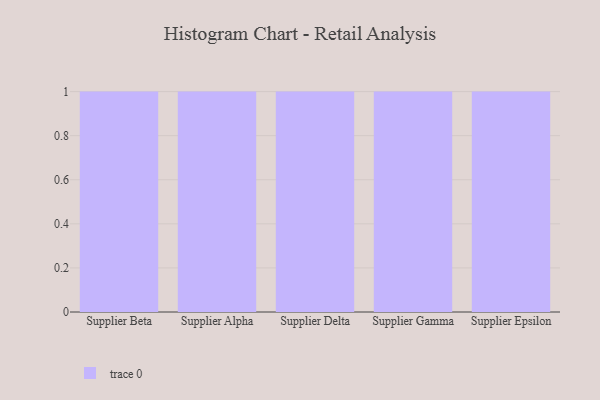
{"axis": {"x": "Supplier", "y": "Market Share (%)"}, "legend": [""], "data": [{"x": "Supplier Beta", "y": 32, "type": ""}, {"x": "Supplier Alpha", "y": 8, "type": ""}, {"x": "Supplier Delta", "y": 7, "type": ""}, {"x": "Supplier Gamma", "y": 77, "type": ""}, {"x": "Supplier Epsilon", "y": 67, "type": ""}]}